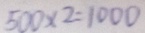
5 0 0 \times 2 = 1 0 0 0